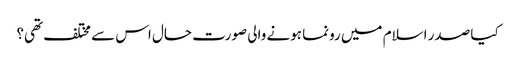
کیا صدر اسلام میں رونما ہونے والی صورت حال اس سے مختلف تھی؟